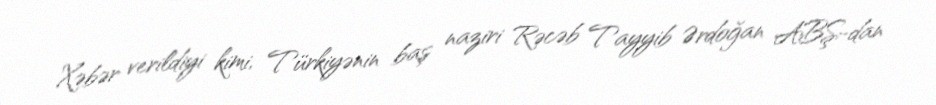
Xəbər verildiyi kimi, Türkiyənin baş naziri Rəcəb Tayyib Ərdoğan ABŞ-dan